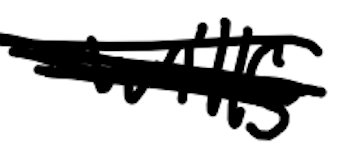
Text: Wills
Cross-out: scratch
Writing tool: digital_black